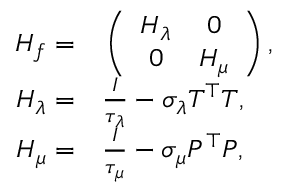
\begin{array} { r l } { H _ { f } = } & { { } \left( \begin{array} { c c } { H _ { \lambda } } & { 0 } \\ { 0 } & { H _ { \mu } } \end{array} \right) , } \\ { H _ { \lambda } = } & { { } \frac { I } { \tau _ { \lambda } } - \sigma _ { \lambda } T ^ { \top } T , } \\ { H _ { \mu } = } & { { } \frac { I } { \tau _ { \mu } } - \sigma _ { \mu } P ^ { \top } P , } \end{array}